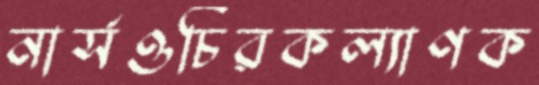
নার্সওচিরকল্যাণক